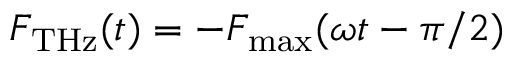
F _ { \mathrm { T H z } } ( t ) = - F _ { \mathrm { m a x } } ( \omega t - \pi / 2 )